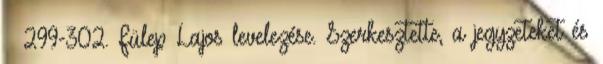
– 299-302. Fülep Lajos levelezése. Szerkesztette, a jegyzeteket és